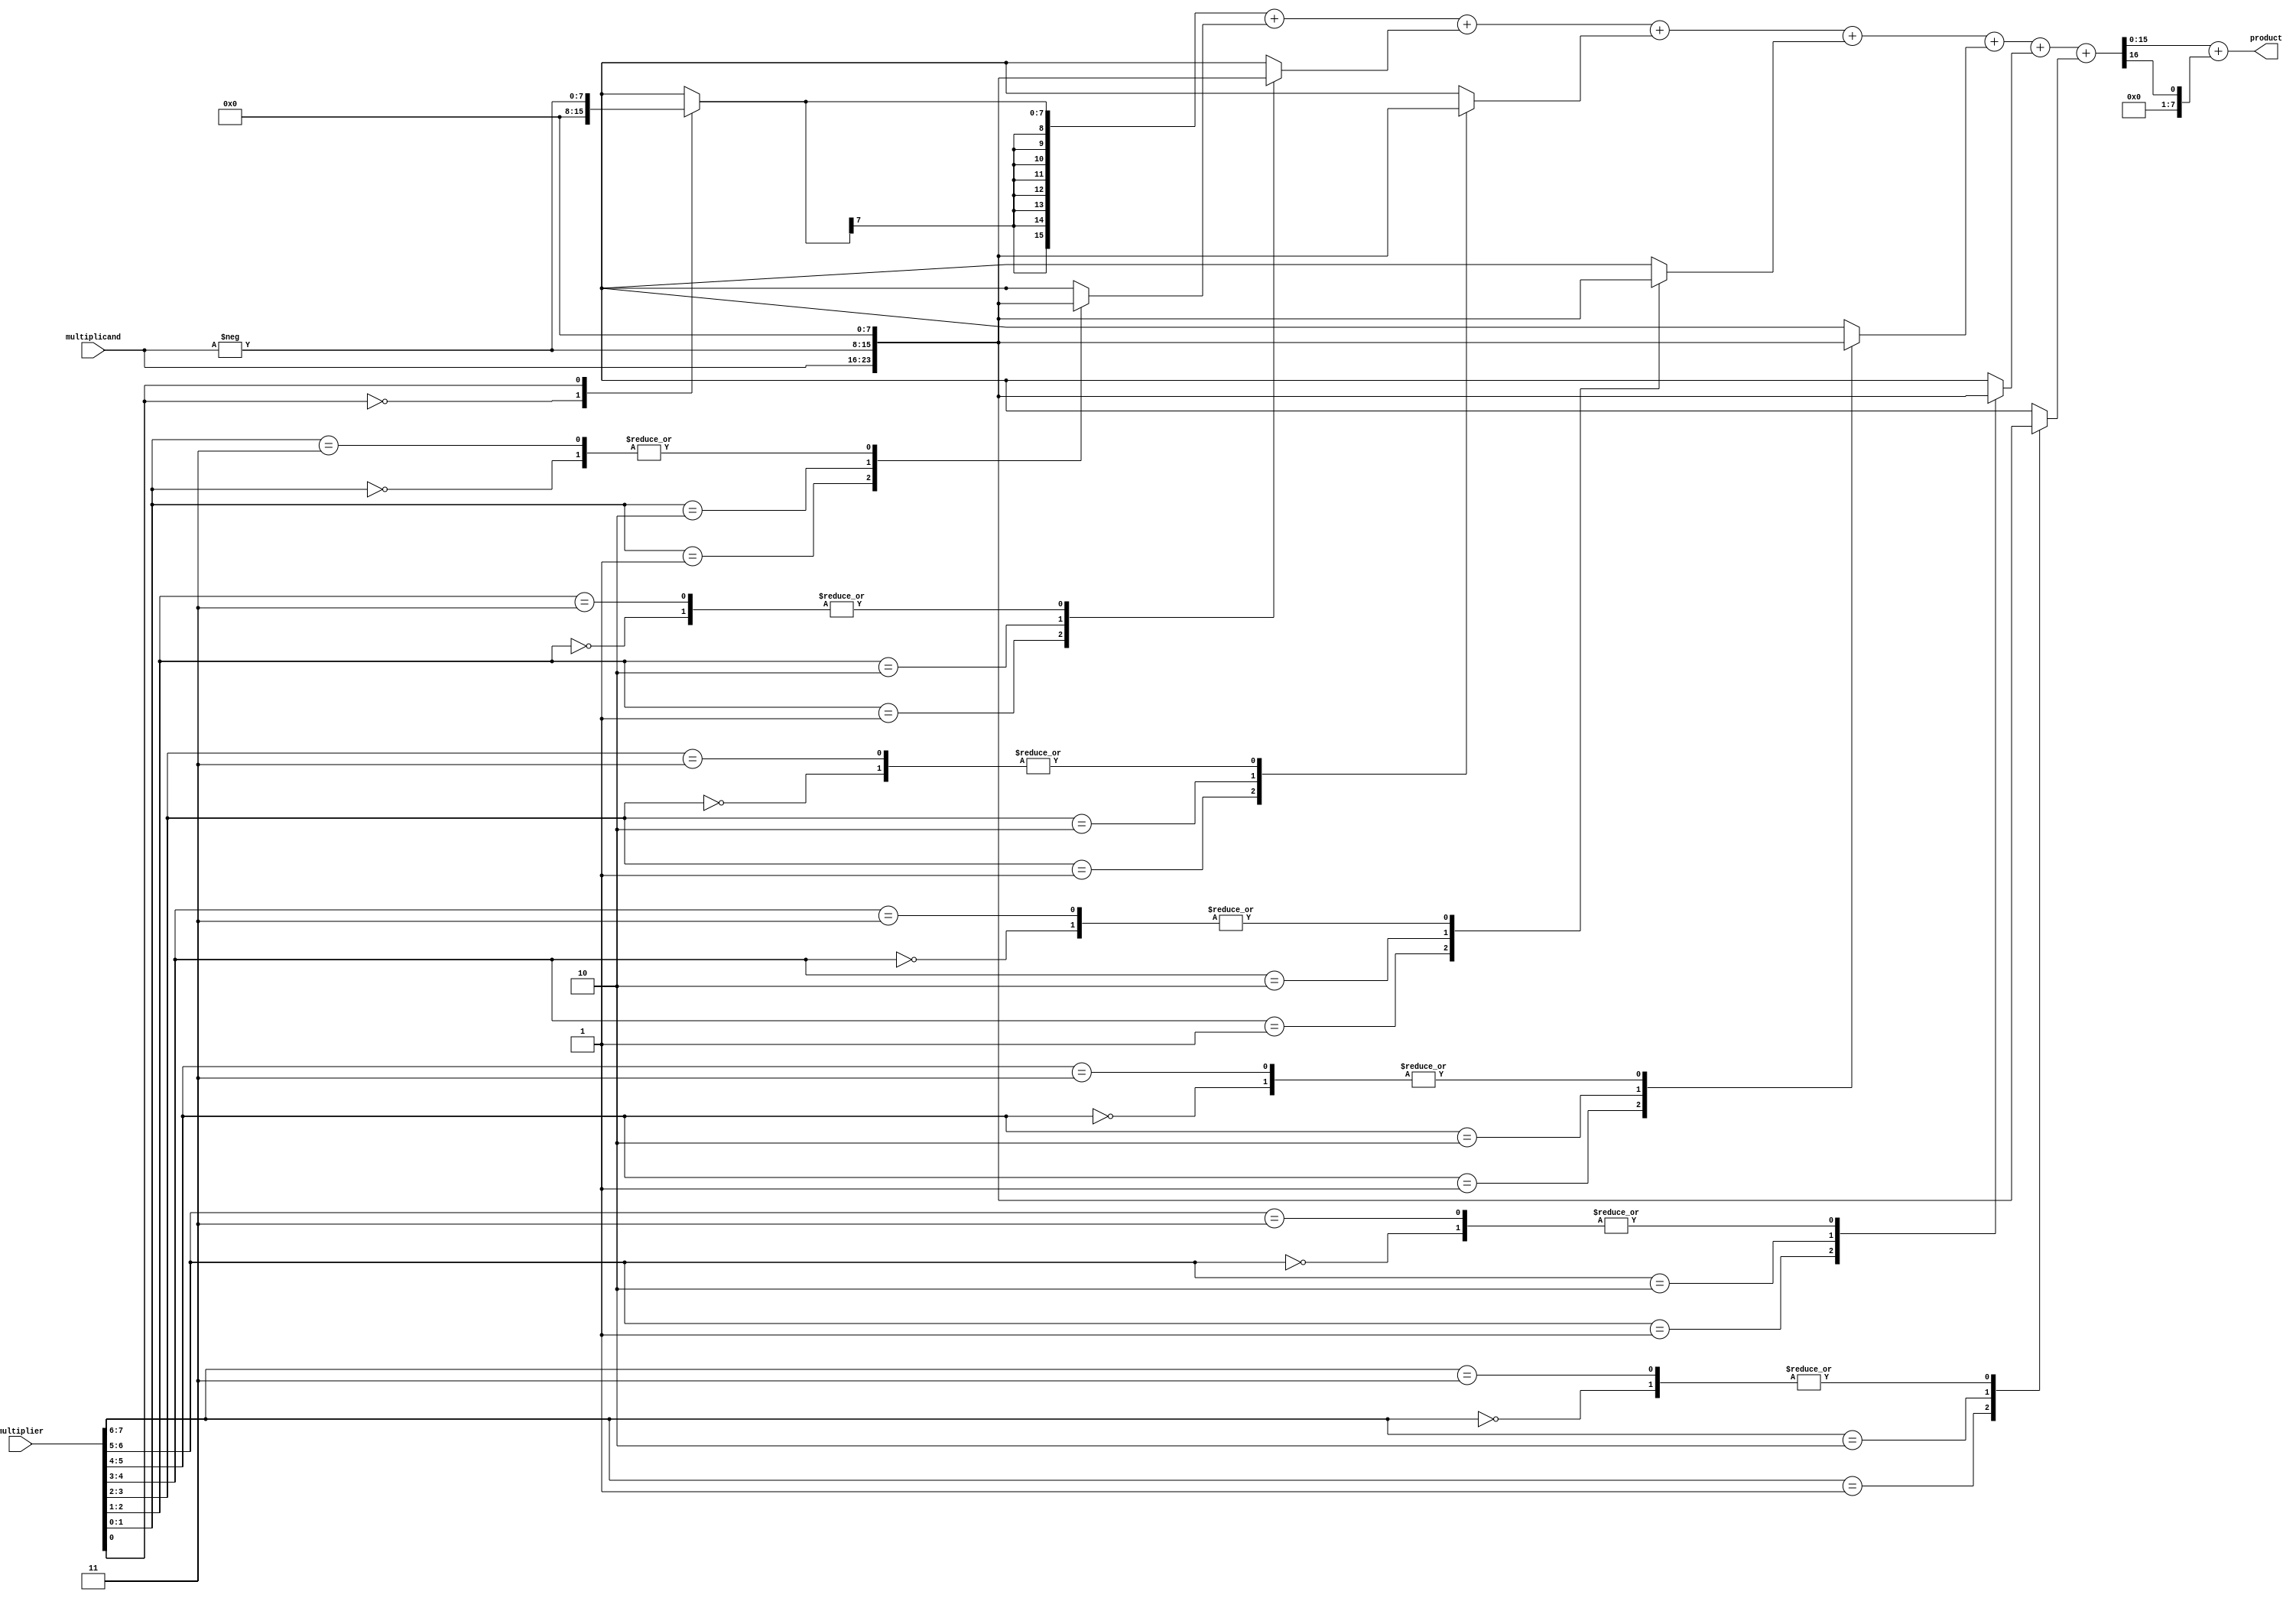
module BoothWallaceMultiplier #(parameter WIDTH = 8) (
    input signed [WIDTH-1:0] multiplicand,
    input signed [WIDTH-1:0] multiplier,
    output signed [2*WIDTH-1:0] product
);

    // Booth Encoder
    reg signed [WIDTH-1:0] partial_products [0:WIDTH-1];
    reg [WIDTH-1:0] multiplier_reg;
    reg previous_bit;

    integer i;
    always @(*) begin
        multiplier_reg = multiplier;
        previous_bit = 0;

        // Generate partial products based on Booth encoding
        for (i = 0; i < WIDTH; i = i + 1) begin
            case ({multiplier_reg[0], previous_bit})
                2'b00: partial_products[i] = 0; // 0
                2'b01: partial_products[i] = multiplicand; // +1
                2'b10: partial_products[i] = -multiplicand; // -1
                2'b11: partial_products[i] = 0; // 0
            endcase

            // Shift right the multiplier for the next bit
            previous_bit = multiplier_reg[0];
            multiplier_reg = multiplier_reg >> 1;
        end
    end

    // Wallace Tree Reduction
    wire [2*WIDTH-1:0] sum [0:WIDTH-1];
    wire [WIDTH-1:0] carry [0:WIDTH-1];

    // Initialize the first row of the Wallace tree with partial products
    assign sum[0] = partial_products[0];
    assign carry[0] = 0;

    // Generate the first layer of the Wallace tree
    genvar j;
    generate
        for (j = 0; j < WIDTH; j = j + 1) begin : reduction
            if (j < WIDTH-1) begin
                assign {carry[j+1], sum[j+1]} = sum[j] + partial_products[j+1];
            end
        end
    endgenerate

    // Final addition to get the product
    wire [2*WIDTH-1:0] final_sum;
    assign final_sum = sum[WIDTH-1] + carry[WIDTH-1];

    // Output the final product
    assign product = final_sum;

endmodule